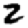
Digit: 2